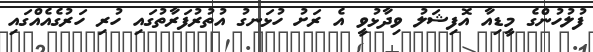
ފުލުހުންގެ މީޑިއާ އޮފިޝަލު ވިދާޅުވީ އެ ރަށު ހުޅަނގު އުތުރުފަރާތުގައި ހުރި ހަރުގެއެއްގައި